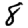
Digit: 8